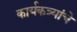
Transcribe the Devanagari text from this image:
कार्यकत्र्यांचे